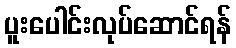
ပူးပေါင်းလုပ်ဆောင်ရန်